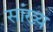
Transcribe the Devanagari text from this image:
सांख्‍य